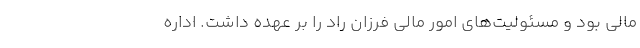
مالی بود و مسئولیت‌های امور مالی فرزان راد را بر عهده داشت. اداره